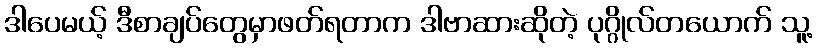
ဒါပေမယ့် ဒီစာချပ်တွေမှာဖတ်ရတာက ဒါဗာဆားဆိုတဲ့ ပုဂ္ဂိုလ်တယောက် သူ့